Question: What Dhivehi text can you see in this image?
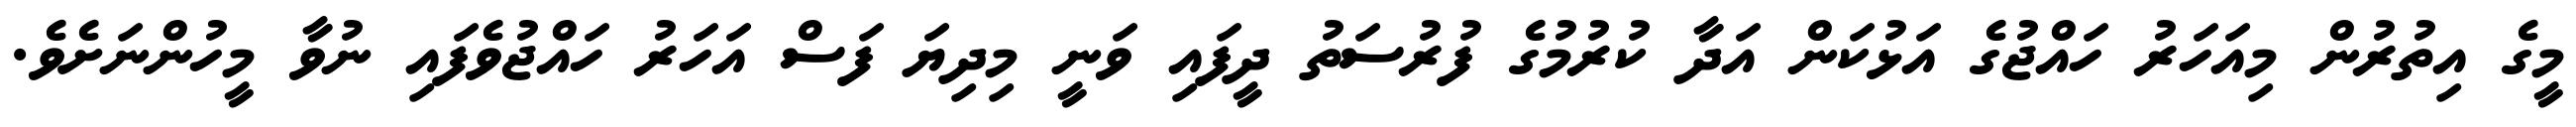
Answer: މީގެ އިތުރުން މިއަހަރު ހައްޖުގެ އަޅުކަން އަދާ ކުރުމުގެ ފުރުސަތު ދީފައި ވަނީ މިދިޔަ ފަސް އަހަރު ހައްޖުވެފައި ނުވާ މީހުންނަށެވެ.